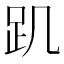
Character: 𧾾